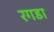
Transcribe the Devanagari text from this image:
रगडा